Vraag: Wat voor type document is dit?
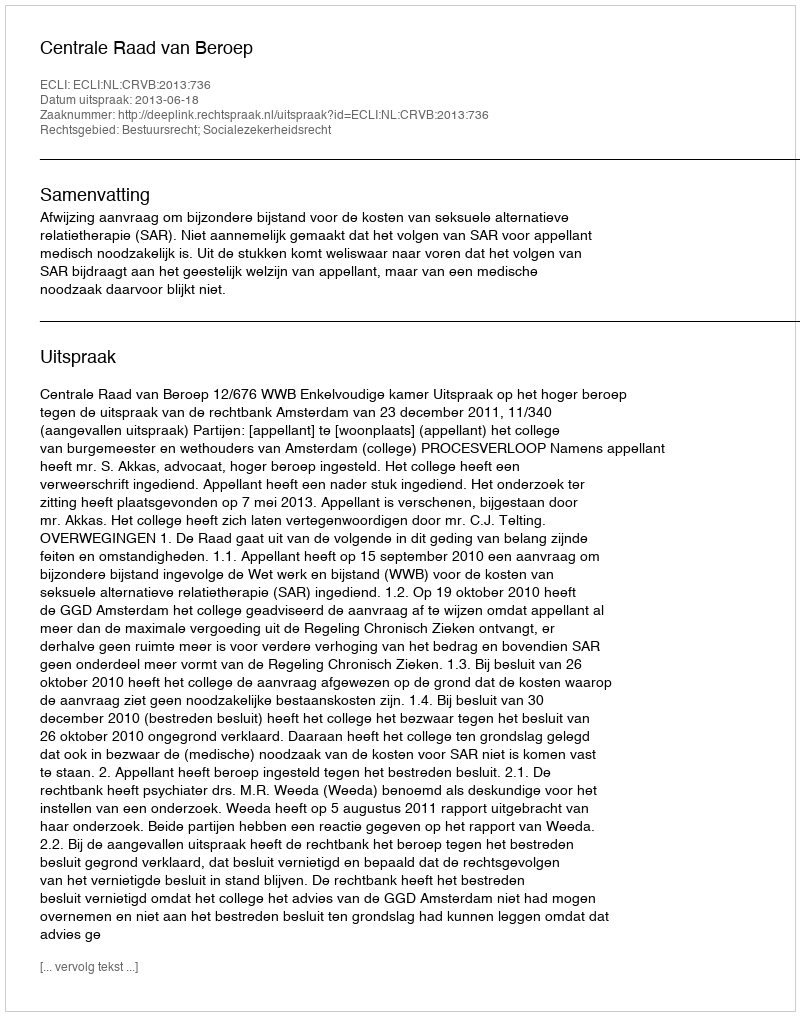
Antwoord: Uitspraak